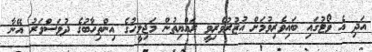
އަދި އެ ވޯޓުގައި ބައިވެރިވުމަށް އުޒުރުވެރިވީ ރައްޔިތުން މަޖިލީހުގެ އިންތިހާބުގެ ދުވަސްވަރު އޭނާ